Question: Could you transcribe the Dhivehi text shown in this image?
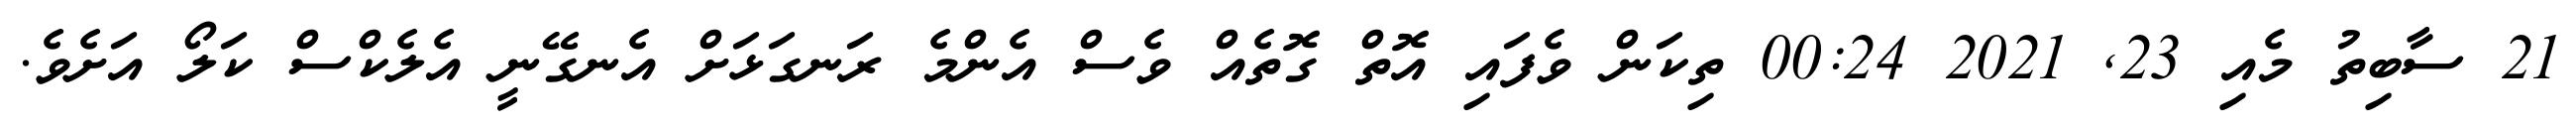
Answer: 21 ސާބިތު މެއި 23, 2021 00:24 ތިކަން ވެފައި އޮތް ގޮތެއް ވެސް އެންމެ ރަނގަޅަށް އެނގޭނީ އެލެކްސް ކަލޯ އަށެވެ.